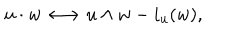
u \cdot w \longleftrightarrow u \wedge w - i _ { u } ( w ) ,